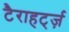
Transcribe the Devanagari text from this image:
टैराहर्ट्ज़